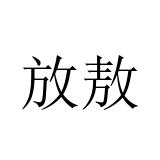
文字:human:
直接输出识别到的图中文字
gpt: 放敖